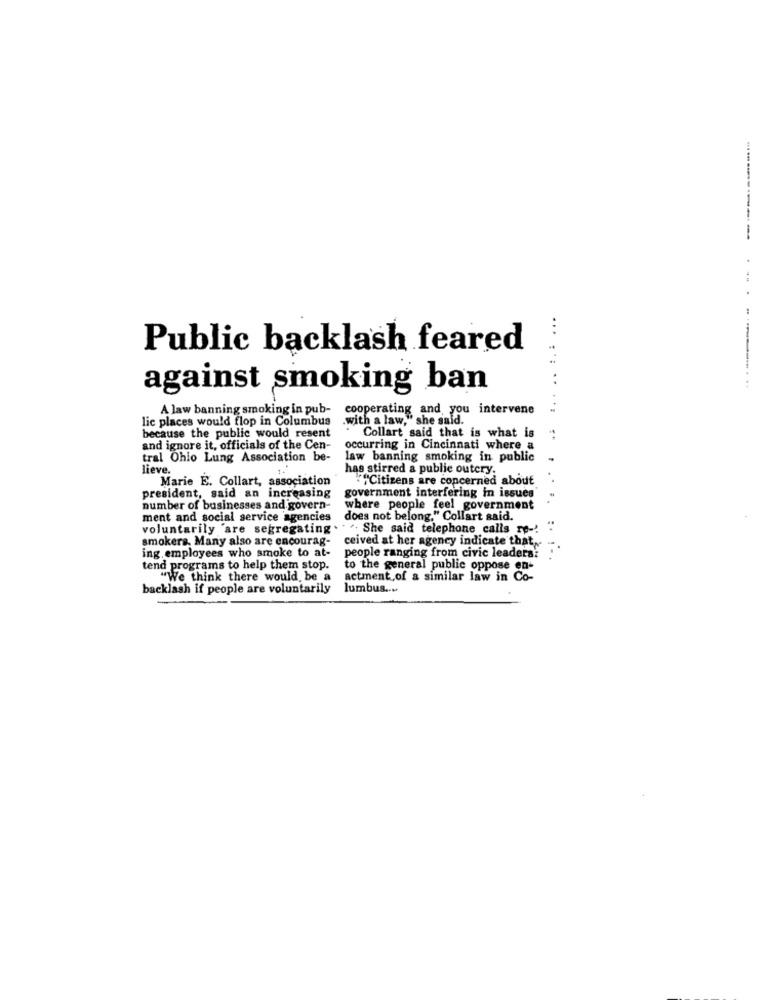
...
Public backlash feared
..
against smoking ban
........ ..
A law banning smoking in pub-
cooperating and you intervene
...
lic places would flop in Columbus
.with a law," she said.
because the public would resent
Collart said that is what is
and ignore it, officials of the Cen-
occurring in Cincinnati where a
tral Ohio Lung Association be-
law banning smoking in public
lieve.
has stirred a public outcry.
Marie E. Collart, association
""""Citizens are concerned about
president, said an increasing
government interfering in issues
number of businesses and govern-
where people feel government
ment and social service agencies
does not belong." Collart said.
voluntarily 'are segregating. . .. She said telephone calls re -.
smokers. Many also are encourag-
ceived at her agency indicate that,
ing employees who smoke to at-
people ranging from civic leaders?
tend programs to help them stop.
to the general public oppose en-
"We think there would be a
actment of a similar law in Co-
backlash if people are voluntarily
lumbus ....